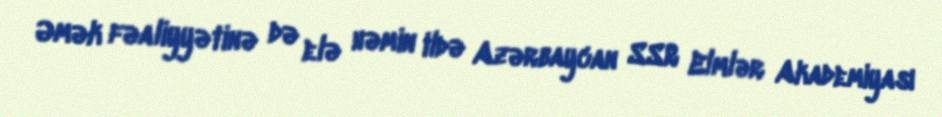
Əmək fəaliyyətinə də elə həmin ildə Azərbaycan SSR Elmlər Akademiyası